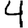
Digit: 4